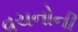
વચનોની